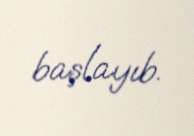
başlayıb.